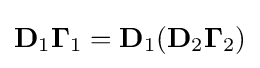
{\textstyle \mathbf {D} _{1}\mathbf {\Gamma } _{1}=\mathbf {D} _{1}(\mathbf {D} _{2}\mathbf {\Gamma } _{2})}